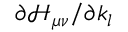
\partial \mathcal { H } _ { \mu \nu } / \partial k _ { l }